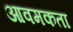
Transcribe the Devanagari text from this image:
आवमकता